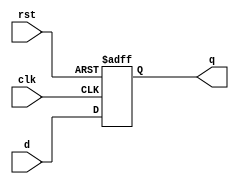
module dflipflop (d,clk,rst,q);
    input d,clk,rst;
    output reg q;

    always @(negedge rst, posedge clk)//positive edge triggered, change posedge to negedge for negative edge triggered flip flop
    if(!rst)
    q=0;
    else
    q=d;
endmodule